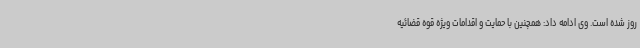
روز شده است. وی ادامه داد: همچنین با حمایت و اقدامات ویژه قوه قضائیه